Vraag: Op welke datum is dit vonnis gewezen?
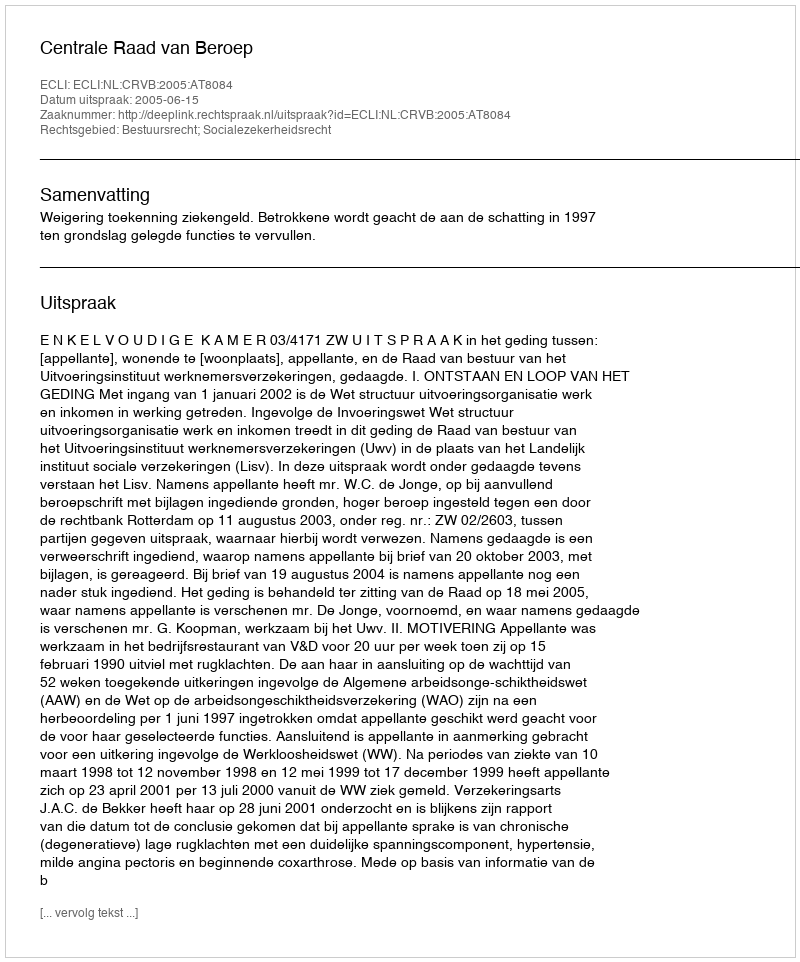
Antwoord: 2005-06-15